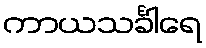
ကာယသင်္ခါရေ